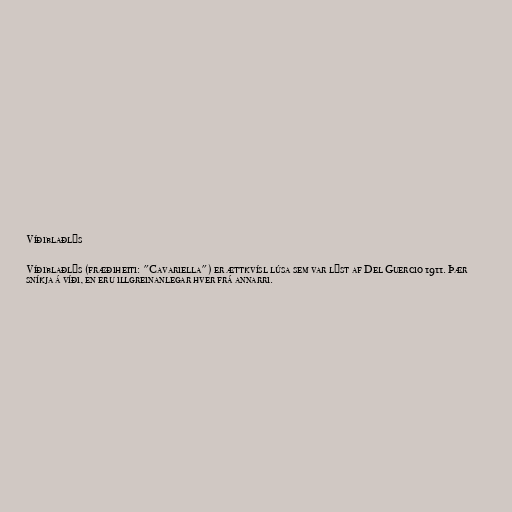
Víðiblaðlýs

Víðiblaðlýs (fræðiheiti: "Cavariella") er ættkvísl lúsa sem var lýst af Del Guercio 1911. Þær
sníkja á víði, en eru illgreinanlegar hver frá annarri.